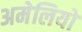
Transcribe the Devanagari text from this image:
अमेलियो